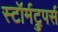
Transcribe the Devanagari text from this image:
स्टॉर्मट्रुपर्स